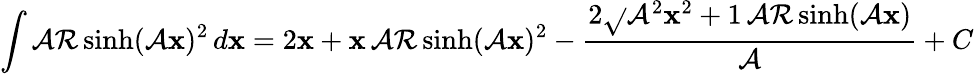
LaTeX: \int\operatorname{\mathcal{A}\mathcal{R}sinh}(\mathcal{A}\mathbf{x})^{2}\, d\mathbf{x}=2\mathbf{x}+\mathbf{x}\operatorname{\mathcal{A}\mathcal{R}sinh}(\mathcal{A}\mathbf{x})^{2}-{\frac{{2{\sqrt{}{{\mathcal{A}^{2}\mathbf{x}^{2}+1}}}\operatorname{\mathcal{A}\mathcal{R}sinh}(\mathcal{A}\mathbf{x})}}{{\mathcal{A}}}}+C